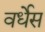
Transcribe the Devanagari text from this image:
वर्धेस